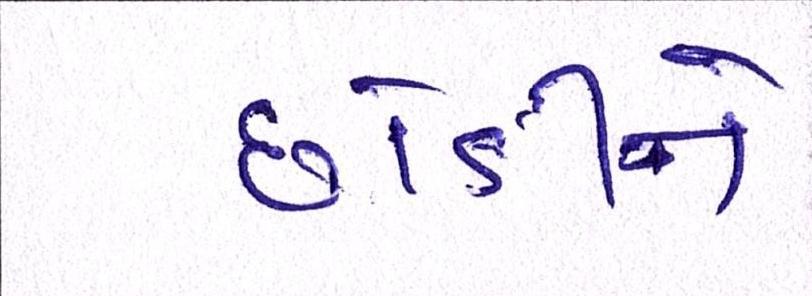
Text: છોડીને